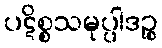
ပဋိစ္စသမုပ္ပါဒဉ္စ